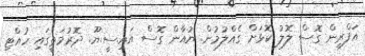
އަފްރީން ގޮސް ލޮލު ކޮޅަށް ގެއްލުމުން ޔުއާން ގޮސް އައި.ސީ.ޔޫ. ދޮރުމަތީގައި ހުއްޓި